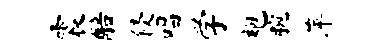
震醅侵唱学袍腕萍